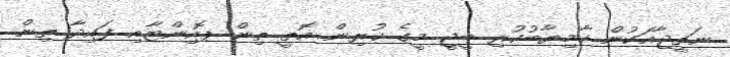
ނަތީޖާއަކުން ކާމިޔާބުކުރި ބީޖީ މީގެ ކުރިން އޮތީ ތިން ޕޮއިންޓާއި ފައިދާ ތިން